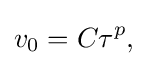
v_{0}=C\tau ^{p},\,\!